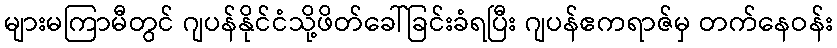
များမကြာမီတွင် ဂျပန်နိုင်ငံသို့ဖိတ်ခေါ်ခြင်းခံရပြီး ဂျပန်ဧကရာဇ်မှ တက်နေဝန်း